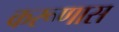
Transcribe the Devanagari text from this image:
करूणास